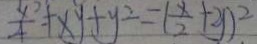
\frac { x } { 4 } + x y + y ^ { 2 } = ( \frac { x } { 2 } + 2 y ) . ^ { 2 }